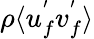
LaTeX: \rho\langle u_{f}^{'}v_{f}^{'}\rangle